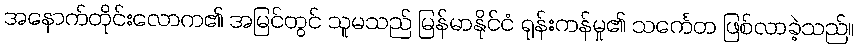
အနောက်တိုင်းလောက၏ အမြင်တွင် သူမသည် မြန်မာနိုင်ငံ ရုန်းကန်မှု၏ သင်္ကေတ ဖြစ်လာခဲ့သည်။